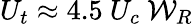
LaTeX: {U_{t}}\approx 4.5~U_{c}~{\mathcal{W}}_{R}